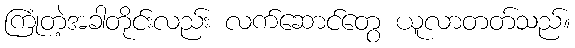
ကြုံတဲ့အခါတိုင်းလည်း လက်ဆောင်တွေ ယူလာတတ်သည်။